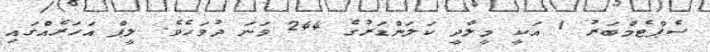
ސެޕްޓެމްބަރު 1 އަކީ މީލާދީ ކަލަންޑަރުގެ 244 ވަނަ ދުވަހެވެ. ލީޕް އަހަރެއްގައި